Vaccination in Burma 1900-1911 - 1900-1911
Year: 1900
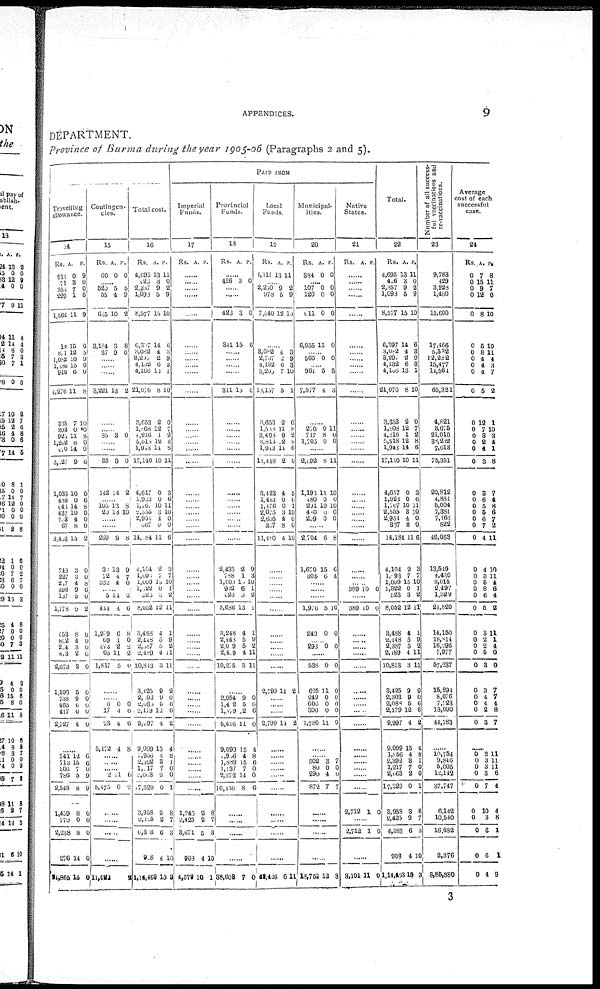
APPENDICES.
9
DEPARTMENT.
Province of Burma during the year 1905-06 (Paragraphs 2 and 5).
Travelling
allowance.
14
Rs.
911
71
353
229
1,564
18
871
l,082
1,886
916
4,276
335
393
923
l,202
470
3,527
1,033
488
043 437
763
67
3,453
718
227
217
398
137
1,778
653
852
234
873
2,673
1,106
738
465
417
2,727
A.
0
8
7
1
11
15
12
10
15
6
11
7
0
11
8
14
9
10
0
14
10
4
8
15
3
3
4
9
5
9
8
4
3
2
8
5
9
6
0
4
P.
9
0
0
0
9
6
5
9
0
0
8
10
*0
8
0
0
6
0
6
8
0
0
0
2
0
0
8
6
0
2
9
9
0
6
0
0
0
0
0
0
......
741
713
306
786
2,548
1,459
779
2,238
276
21,865
12
15
7
5
8
8
0
8
14
15
6
6
0
9
9
0
0
0
0
0
Contingen-
cies.
15
Rs.
60
A.
0
P.
0
...... 520
55
635
3,184
37
5
4
10
3
9
5
9
2
8
6
......
......
......
3,221 13 2
......
35 3 0
......
......
35
142
3
14
0
2
...... 105
20
13
13
8
10
......
......
269
33
72
332
9
13
4
4
8
9
7
0
...... 6
414
1,209
69
173
65
1,817
14
4
6
1
2
11
5
2
6
8
0
2
2
0
......
...... 6
17
23
5,472
0
4
4
4
0
6
6
8
......
......
...... 2
6,475
11
0
6
2
......
......
......
......
11,922
2
Total cost.
16
Rs.
4,695
425
2,337
1,093
8,577
6,357
3,082
8,207
4,132
4,166
21,076
3,653
1,808
5,216
5,513
1,913
17,140
1,617
1,923
1,767
2,550
2,934 367
14,184
4,104
1,696 1,009
1, 322
523
8,052
3,488
2,448
2,387
2,489
10,813
3,4235
2,103
2,083
2,179
9,597
9,099
1,936
2,392
1,517
2,668
17,320
3,958
2,126
6,383
908
1,14,468
A.
13
3
9
5
15
14
4
2
6
13
8
2
12
1
12
14
10
0
0
10
3
4 8
11
2
7
13
0
3
12
4
0
5
4
3
9
9
5
12
4
15
4
3
7
2
0
3
2
6
4
15
P.
11
0
2
9
10
6
3
9
3
1
10
0
7
2
8
6
11
3
6
11
10
0
0
6
3
7
10
1
2
11
1
9
2
11
11
2
0
6
0
2
4
8
1
0
0
1
8
7
3
10
3
PAID FROM
Imperial
Funds.
17
Rs. A. P.
......
......
......
......
......
......
......
......
......
......
......
......
......
......
......
......
......
......
......
......
......
......
......
......
......
......
......
......
......
......
......
......
......
......
......
......
......
......
......
......
......
1,256
2,423
3,671
903
4,579
2
2
5
4
10
8
7
3
10
1
Provincial
Funds.
18
Rs. A. P.
......
426 3 0
......
......
423
341
3
15
0
6
......
......
......
341 15 6
......
......
......
......
......
......
......
......
......
......
......
......
2,433
788
l,009
912
523
5,686
3,248
2,448
2,019
2,459
10,275
2
1
15
6
3
13
4
5
5
4
3
9
3
10
1
2
1
1
9
2
11
11
......
2,054
1,402
1,579
5,416
9,099
1,956
1,889
1,137
2,372
16,156
9
5
12
11
15
4
15
7
14
8
0
6
6
0
4
8
6
0
0
6
......
......
......
......
88,608 7 0
Local
Funds.
19
Rs.
4,311
A.
13
P.
11
...... 2,250
978
7,540
9
5
12
2
9
10
......
3,082
2,737
4,132
3,203
18,157
3,653
1,535
3,493
3,813
l,943
11,448
3,423
1,443
1,476
2,075
2,695
367
11,180
4
2 6
7
5
2
11
9
2
14
2
4
0
0
3
4
8
4
3
9
3
10
1
0
8 2
8
6
0
5
6
1
10
0
0
10
......
......
......
......
......
......
......
......
......
......
2,799 14 2
......
......
......
2,799 14 2
......
......
......
......
......
......
......
......
.....
......
49,426 6 11
Municipal-
ities.
20
Rs.
384
A.
0
P.
0
......
107
120
611
6,055
0
0
0
15
0
0
0
0
...... 560 0 0
...... 961
7,577
5
4
3
3
......
270
717
1,705
0
8
0
11
0
0
......
2,092
1,193
480
291
480
259
8
11
0
10
0
0
11
10
0
10
0
0
......
2,704
1,670
305
6
15
6
8
6
4
......
......
......
1,976
240
5
0
10
0
...... 293 0 0
......
538
625
249
606
300
1,780
0
11
0
0
0
11
0
0
0
0
0
0
......
...... 502
80
290
872
3
0
4
7
7
0
0
7
......
......
......
......
18,752 12 3
Native
States.
21
Rs. A. P.
......
......
......
......
......
......
......
......
......
......
......
......
......
......
......
......
......
......
......
......
......
......
......
......
......
......
...... 389 10 0
......
389 10 0
......
......
......
......
......
......
......
......
......
......
......
......
......
......
2,712 1 0
......
2,712 1 0
......
3,101 11 0
Total.
22
Rs.
4,695
426
2,357
1,098
8,577
6,397
3,082
8,297
4,132
4,l06
21,076
3,653
l,808
4,216
5,513
1,941
17,110
4,617
1,923
1,767
2,555
2,954
367
14,184
4,104
1,093
1,009
1,322
523
8,052
3,488
2,448
2,387
2,189
10,813
3,425
2,303
2,088
2,179
9,997
9,099
1,456
2,392
1,217
2,063
17,329
3,958
2,425
6,383
908
1,14,463
A.
13
3
9 5
15
14
4
2
6
13
8
2
12
1
12
14
10
0
0
10
3
4
8
11
2
7
15
0
3
12
4
5
5
4
3
9
9
5
12
4
15
4
3
7
2
0
8
2
6
4
15
P.
11
0
2
9
10
6
3
9
3
1
10
0
7
2
8
6
11
3
6
11
10
0
0
6
3
7
10
1
2
11
1
9
2
11
11
2
0
6
6
2
4
8
1
0
0
1
8
7
3
10
3
Number of all success-
ful vaccinations and
re-vaccinations.
23
9,783
429
3,928
1,460
15,600
17,466
5,532
12,282
15,477
14,561
65,321
4,821
3,675
21,010
38,232
7,618
75,351
20,812
4,881
5,004
7,381
7,163
822
46,063
13,549
4,430
3,015
2,497
1,329
24,820
14,150
18,814
16,296
7,977
57,237
15,294
8,076
7,723
13,090
44,183
......
10,754
9,816
5,005
12,142
37,747
6,142
10,540
16,682
2,376
3,85,380
Average
cost of each
successful
case.
24
Rs.
0
0
0
0
0
0
0 0
0
0
0
0
0
0
0
0
0
0
0
0
0
0
0
0
0
0
0
0
0
0
0
0
0
0
0
0
0
0
0
0
A.
7
15
9
12
8
5
8
4
4
4
5
12
7
3
2
4
3
3
6
5
5
6
7
4
4
3
5
8
6
5
3
2
2
5
8
3
4
4
2
3
P.
8
11 7
0
10
10
11
4
3
7
2
1
10
3
4
1
8
7
4
8
6
7
2
11
10
11
4
6
4
2
11
1
4
0
0
7
7
4
8
7
......
0
0
0
0
0
0
0
0
0
0
2
3
3
3
7
10
3
6
6
4
11
11
11
6
4
4
8
1
1
9
3